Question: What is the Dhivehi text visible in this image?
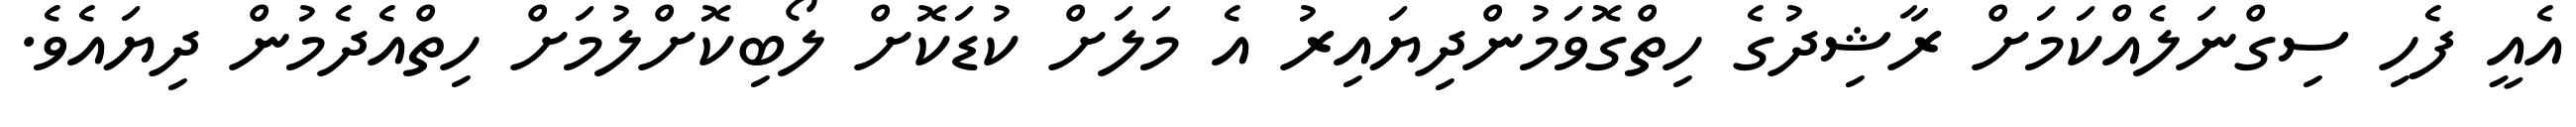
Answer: އެއީ ފެހި ސިގްނަލެއްކަމަށް ރާޝިދުގެ ހިތްގޮވަމުންދިޔައިރު އެ މަލަށް ކުޑަކޮށް ލޯބިކޮށްލުމަށް ހިތްއެދެމުން ދިޔައެވެ.